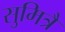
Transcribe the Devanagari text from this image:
सुमित्रै